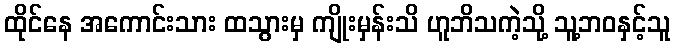
ထိုင်နေ အကောင်းသား ထသွားမှ ကျိုးမှန်းသိ ဟူဘိသကဲ့သို့ သူ့ဘဝနှင့်သူ